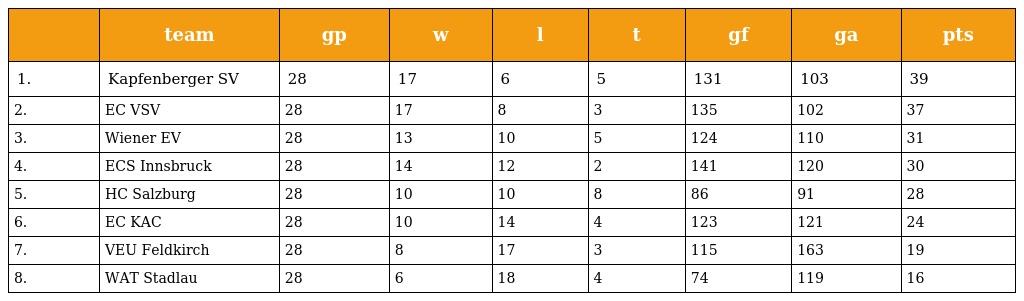
|  | team | gp | w | l | t | gf | ga | pts |
 | --- | --- | --- | --- | --- | --- | --- | --- | --- |
 | 1. | Kapfenberger SV | 28 | 17 | 6 | 5 | 131 | 103 | 39 |
 | 2. | EC VSV | 28 | 17 | 8 | 3 | 135 | 102 | 37 |
 | 3. | Wiener EV | 28 | 13 | 10 | 5 | 124 | 110 | 31 |
 | 4. | ECS Innsbruck | 28 | 14 | 12 | 2 | 141 | 120 | 30 |
 | 5. | HC Salzburg | 28 | 10 | 10 | 8 | 86 | 91 | 28 |
 | 6. | EC KAC | 28 | 10 | 14 | 4 | 123 | 121 | 24 |
 | 7. | VEU Feldkirch | 28 | 8 | 17 | 3 | 115 | 163 | 19 |
 | 8. | WAT Stadlau | 28 | 6 | 18 | 4 | 74 | 119 | 16 |